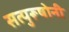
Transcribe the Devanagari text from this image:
सत्पुरूषोनी